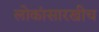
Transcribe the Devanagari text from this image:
लोकांसारखीच